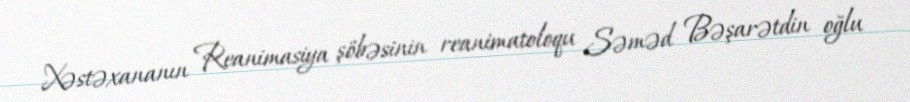
Xəstəxananın Reanimasiya şöbəsinin reanimatoloqu Səməd Bəşarətdin oğlu